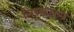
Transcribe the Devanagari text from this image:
निस्कारन